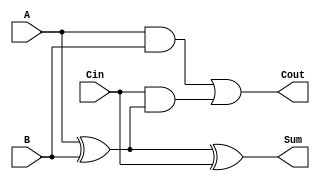
module low_power_full_adder (
    input wire A,      // First input bit
    input wire B,      // Second input bit
    input wire Cin,    // Carry input bit
    output wire Sum,   // Resultant sum bit
    output wire Cout   // Carry output bit
);

// Intermediate signals
wire AxorB;

// Calculate Sum and Cout
assign AxorB = A ^ B;           // A XOR B
assign Sum = AxorB ^ Cin;       // Sum = A XOR B XOR Cin
assign Cout = (A & B) | (Cin & AxorB); // Cout = (A AND B) OR (Cin AND (A XOR B))

endmodule